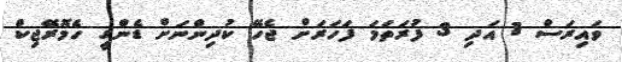
ވައިރަސް 1 އަދި 3 ފުރަތަމަ ފަހަރަށް ޖެހޭ ކުދިންނަށް ޑެންގީ ހެމޮރޭޖިކް